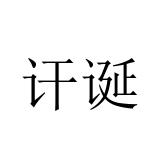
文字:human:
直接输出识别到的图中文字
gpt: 讦诞